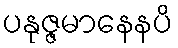
ပနုဇ္ဇမာနေနပိ